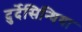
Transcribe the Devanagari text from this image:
दुर्देसिन्धिया